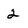
Character: 2